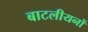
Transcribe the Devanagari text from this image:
बाटलीयनों